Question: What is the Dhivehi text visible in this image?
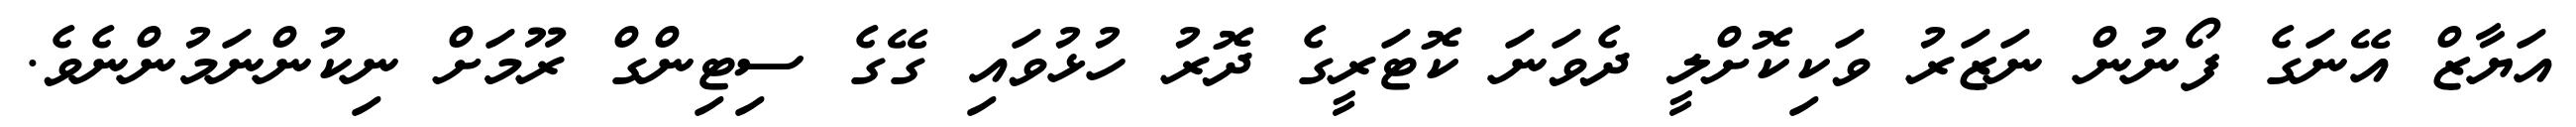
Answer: އަޔާޒް އޭނަގެ ފޯނުން ނަޒަރު ވަކިކޮށްލީ ދެވަނަ ކޮޓަރީގެ ދޮރު ހުޅުވައި ގޭގެ ސިޓިންގް ރޫމަށް ނިކުންނަމުންނެވެ.